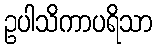
ဥပါသိကာပရိသာ